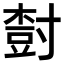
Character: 𡬾